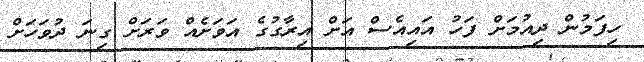
ހިފަމުން ދިއުމަށް ފަހު އައިއެސް އަށް އިރާގުގެ އަވަށެއް ވަރަށް ގިނަ ދުވަހަށް